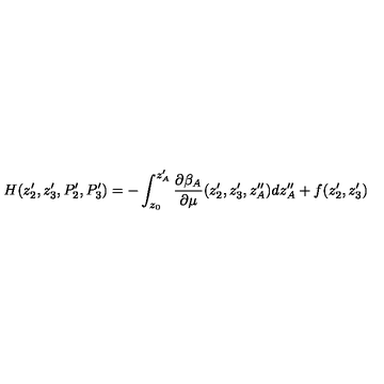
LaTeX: H ( z _ { 2 } ^ { \prime } , z _ { 3 } ^ { \prime } , P _ { 2 } ^ { \prime } , P _ { 3 } ^ { \prime } ) = - \int _ { z _ { 0 } } ^ { z _ { A } ^ { \prime } } \frac { \partial \beta _ { A } } { \partial \mu } ( z _ { 2 } ^ { \prime } , z _ { 3 } ^ { \prime } , z _ { A } ^ { \prime \prime } ) d z _ { A } ^ { \prime \prime } + f ( z _ { 2 } ^ { \prime } , z _ { 3 } ^ { \prime } )